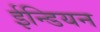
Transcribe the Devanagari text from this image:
ईन्डियन